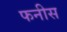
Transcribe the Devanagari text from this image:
फनीस